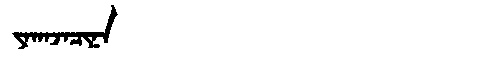
Manchu: ᠶᠠᡴᠠᠵᠠᠴᡳᠨᠠ
Romanization: YAKAJACINA